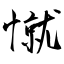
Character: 憱